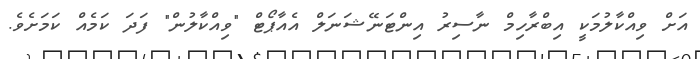
އަށް ވިއްކާލުމަކީ އިބްރާހިމް ނާސިރު އިންޓަނޭޝަނަލް އެއާޕޯޓް "ވިއްކާލުން" ފަދަ ކަމެއް ކަމަށެވެ.